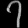
Digit: ၇